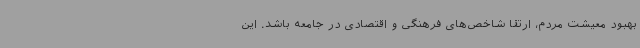
بهبود معیشت مردم، ارتقا شاخص‌های فرهنگی و اقتصادی در جامعه باشد. این